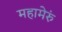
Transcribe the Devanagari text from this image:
महामेरुं